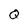
Character: Q